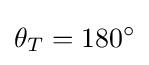
\theta _{T}=180^{\circ }